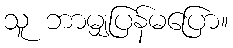
သူ ဘာမျှပြန်မပြော။